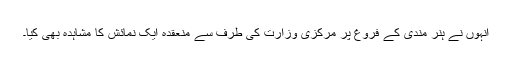
انہوں نے ہنر مندی کے فروغ پر مرکزی وزارت کی طرف سے منعقدہ ایک نمائش کا مشاہدہ بھی کیا۔